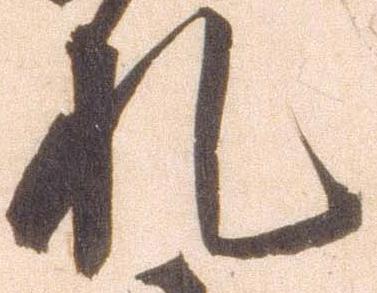
札